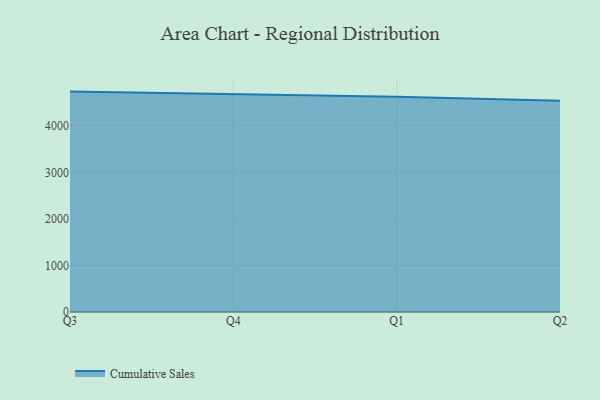
{"axis": {"x": "Quarter", "y": "Active Users"}, "legend": ["Cumulative Sales"], "data": [{"x": "Q3", "y": 4738.0, "type": "Cumulative Sales"}, {"x": "Q4", "y": 4689.8, "type": "Cumulative Sales"}, {"x": "Q1", "y": 4626.8, "type": "Cumulative Sales"}, {"x": "Q2", "y": 4539.5, "type": "Cumulative Sales"}]}